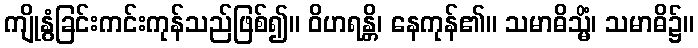
ကျိုနွံခြင်းကင်းကုန်သည်ဖြစ်၍။ ဝိဟရန္တိ၊ နေကုန်၏။ သမာဓိသ္မိံ၊ သမာဓိ၌။